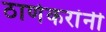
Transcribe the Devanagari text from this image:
ठाणेकरांनी